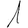
Digit: 1